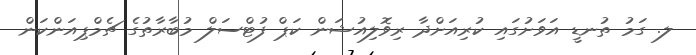
ލ. ގަމު ތުނޑީ އަވަށުގައި ކުރިއަށްދާ ރިވޮލިއުޝަން ކަޕް ފުޓްސަލް މުބާރާތުގެ ޗެމްޕިއަންކަން